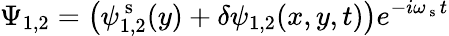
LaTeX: \Psi_{1,2}=\bigl({\psi}_{1,2}^{\mathrm{~s~}}(y)+\delta\psi_{1,2}(x,y,t)\bigr)e^{-i\omega_{\mathrm{~s~}}t}